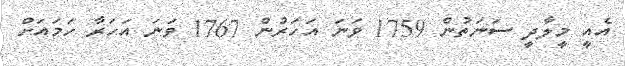
އެއީ މީލާދީ ސަނަތުން 1759 ވަނަ އަހަރުން 1767 ވަނަ އަހަރާ ހަމައަށް